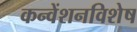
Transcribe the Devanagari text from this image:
कन्वेंशनविशेष